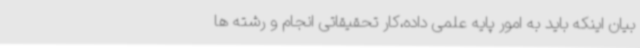
بیان اینکه باید به امور پایه علمی داده،کار تحقیقاتی انجام و رشته ها